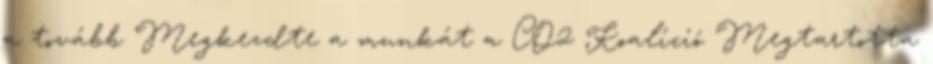
a tovább Megkezdte a munkát a CO2 Koalíció Megtartotta